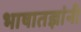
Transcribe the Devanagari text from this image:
भाषातज्ञांनी